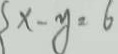
x - y = 6